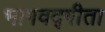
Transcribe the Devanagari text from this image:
भागवद्गीता